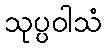
သုပ္ပဝါသံ